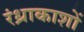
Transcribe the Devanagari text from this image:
रंध्राकाशों